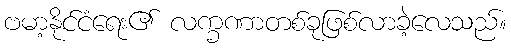
ဗမာ့နိုင်ငံရေး၏ လက္ခဏာတစ်ခုဖြစ်လာခဲ့လေသည်။